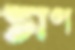
মণ